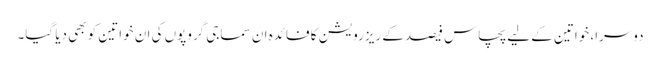
دوسرا، خواتین کے لیے پچاس فیصد کے ریزرویشن کا فائدہ ان سماجی گروپوں کی ان خواتین کو بھی دیا گیا۔